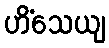
ဟိံသေယျ